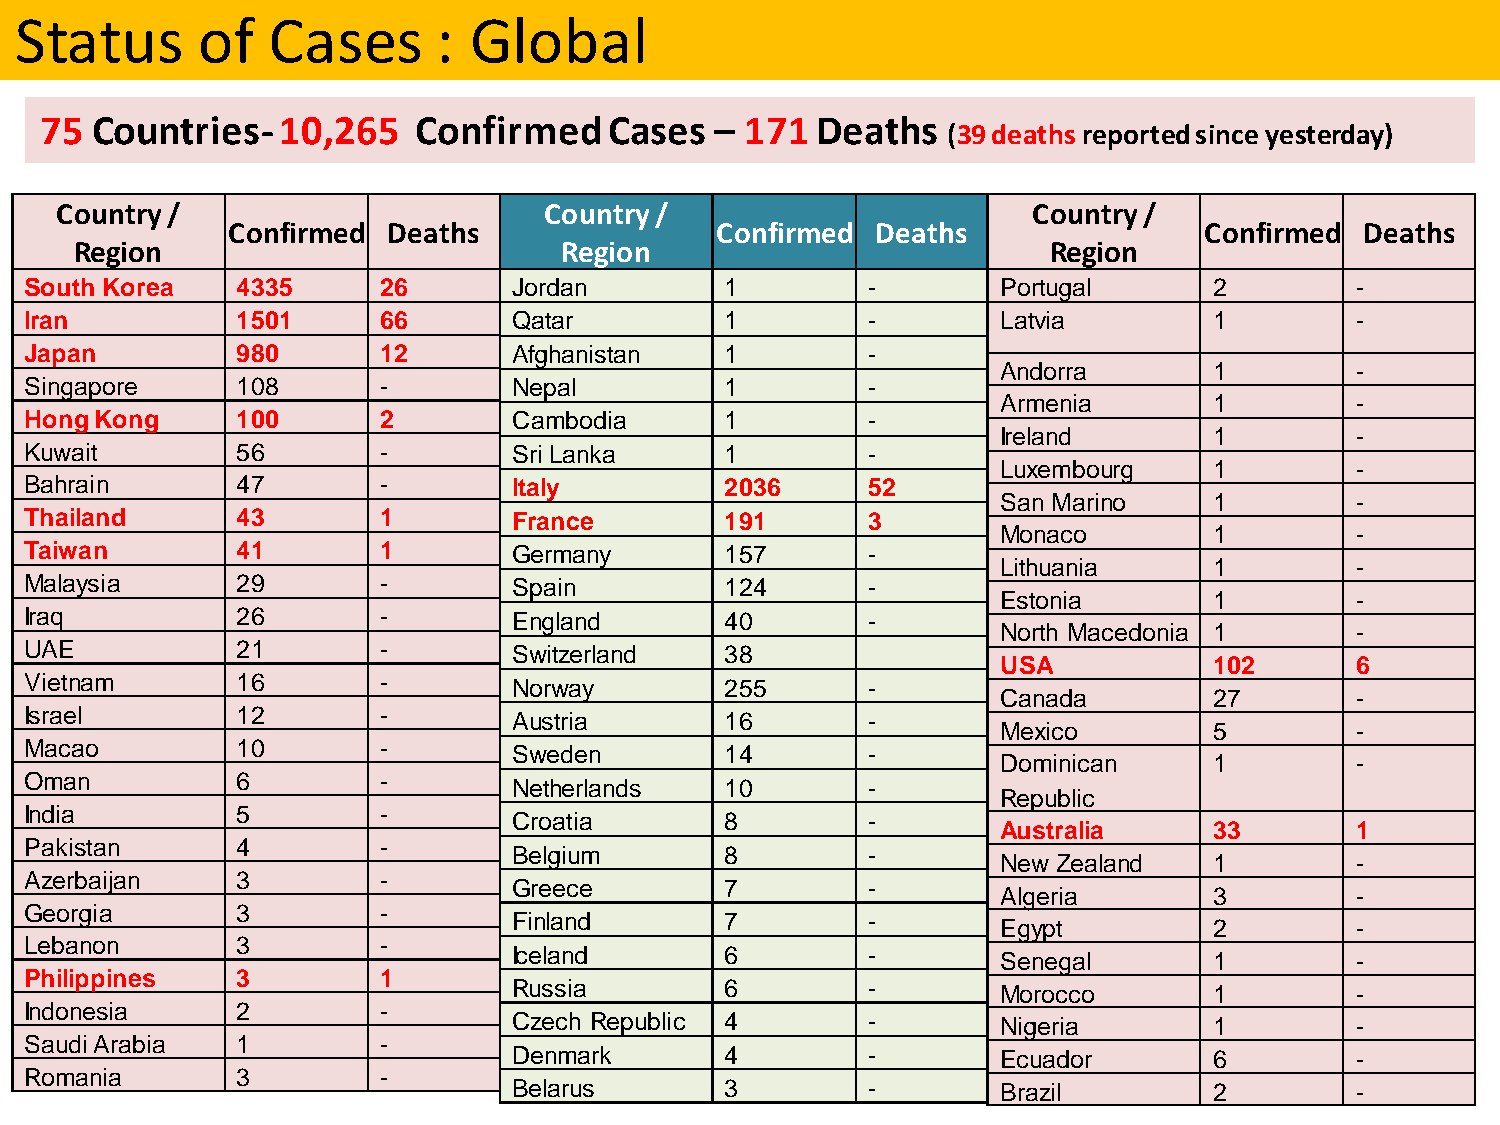
Status      of   Cases      : Global
 75 Countries-10,265      Confirmed   Cases  – 171  Deaths
 (39 deaths reported since yesterday)
 Country /                       Country /                       Country /
 Confirmed  Deaths               Confirmed  Deaths                Confirmed Deaths
 Region                          Region                          Region
 South Korea   4335     26       Jordan        1        -        Portugal      2         -
 Iran          1501     66       Qatar         1        -        Latvia        1         -
 Japan         980      12       Afghanistan   1        -
 Andorra       1         -
 Singapore     108      -        Nepal         1        -
 Armenia       1         -
 HongKong      100      2        Cambodia      1        -
 Ireland       1         -
 Kuwait        56       -        Sri Lanka     1        -
 Luxembourg    1         -
 Bahrain       47       -        Italy         2036     52
 San Marino    1         -
 Thailand      43       1        France        191      3
 Monaco        1         -
 Taiwan        41       1        Germany       157      -
 Lithuania     1         -
 Malaysia      29       -        Spain         124      -
 Estonia       1         -
 Iraq          26       -        England       40       -
 North Macedonia 1       -
 UAE           21       -        Switzerland   38
 USA           102       6
 Vietnam       16       -        Norway        255      -
 Canada        27        -
 Israel        12       -        Austria       16       -
 Mexico        5         -
 Macao         10       -
 Sweden        14       -
 Dominican     1         -
 Oman          6        -
 Netherlands   10       -
 Republic
 India         5        -
 Croatia       8        -
 Australia     33        1
 Pakistan      4        -
 Belgium       8        -
 New Zealand   1         -
 Azerbaijan    3        -
 Greece        7        -
 Algeria       3         -
 Georgia       3        -
 Finland       7        -
 Egypt         2         -
 Lebanon       3        -
 Iceland       6        -
 Senegal       1         -
 Philippines   3        1
 Russia        6        -        Morocco       1         -
 8
 Indonesia     2        -
 Czech Republic 4       -        Nigeria       1         -
 SaudiArabia   1        -
 Denmark       4        -        Ecuador       6         -
 Romania       3        -
 Belarus       3        -        Brazil        2         -